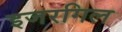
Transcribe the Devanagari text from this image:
इजरगिल